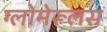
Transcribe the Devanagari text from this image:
ग्लोमेरूलस